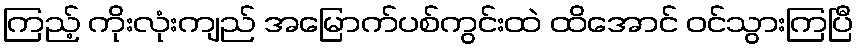
ကြည့် ကိုးလုံးကျည် အမြောက်ပစ်ကွင်းထဲ ထိအောင် ဝင်သွားကြပြီ